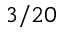
3 / 2 0